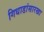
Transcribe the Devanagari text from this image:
गिधाडांसारखा